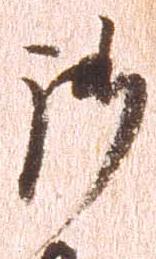
御